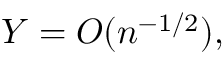
Y = O ( n ^ { - 1 / 2 } ) ,